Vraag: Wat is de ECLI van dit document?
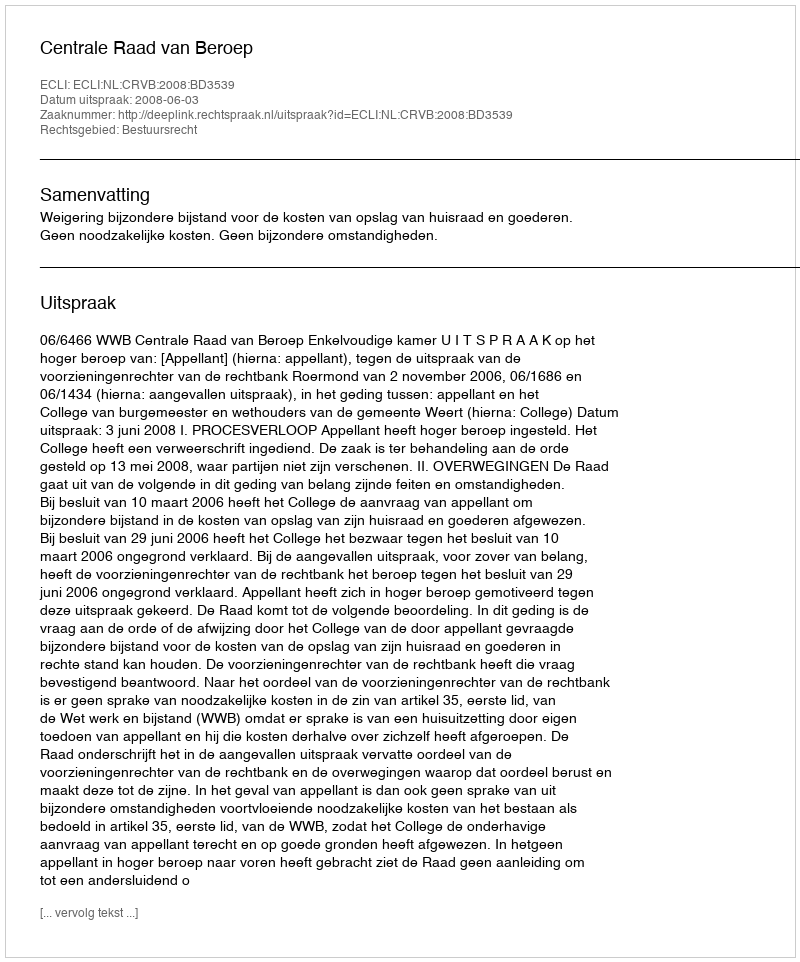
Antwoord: ECLI:NL:CRVB:2008:BD3539